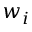
w _ { i }